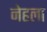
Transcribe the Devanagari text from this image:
नेहला